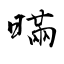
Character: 暪